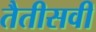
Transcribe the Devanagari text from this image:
तैतीसवीं